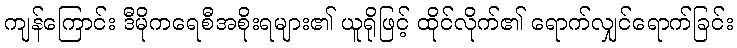
ကျန်ကြောင်း ဒီမိုကရေစီအစိုးရများ၏ ယူရိုဖြင့် ထိုင်လိုက်၏ ရောက်လျှင်ရောက်ခြင်း